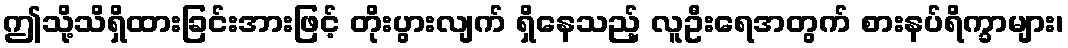
ဤသို့သိရှိထားခြင်းအားဖြင့် တိုးပွားလျက် ရှိနေသည့် လူဦးရေအတွက် စားနပ်ရိက္ခာများ၊